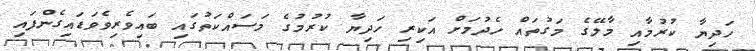
ހަދިޔާ ކުރުމާއި މާލޭގެ މަގުތައް ހެދުމަށް އަކިރި ހަދިޔާ ކުރުމުގެ މަސައްކަތުގައި ބައިވެރިވެވަޑައިގެންފައި